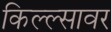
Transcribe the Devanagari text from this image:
किल्ल्सावर